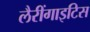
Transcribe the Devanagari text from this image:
लैरींगाइटिस